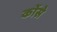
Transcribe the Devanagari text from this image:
कोंसे